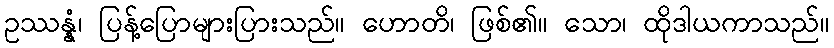
ဥဿန္နံ၊ ပြန့်ပြောများပြားသည်။ ဟောတိ၊ ဖြစ်၏။ သော၊ ထိုဒါယကာသည်။